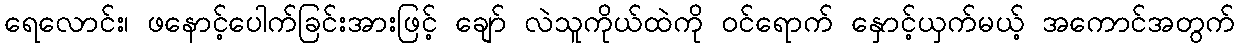
ရေလောင်း၊ ဖနောင့်ပေါက်ခြင်းအားဖြင့် ချော် လဲသူကိုယ်ထဲကို ဝင်ရောက် နှောင့်ယှက်မယ့် အကောင်အတွက်